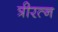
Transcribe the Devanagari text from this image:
त्रीरत्न